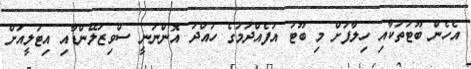
އެހެން ބޫޓުތަކާއި ހިލާފަށް މި ބޫޓު އުފެއްދުމުގެ ހުއްދަ އޮންނަނީ ސްވިޒަލޭންޑާއި އިޓަލީއަށް